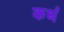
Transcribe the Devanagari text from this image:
कधं